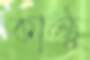
কাল্ঠু